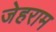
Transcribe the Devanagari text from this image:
जेहराम